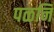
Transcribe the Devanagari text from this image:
पळनि